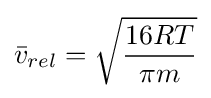
{\bar {v}}_{rel}={\sqrt {\frac {16RT}{\pi m}}}